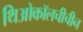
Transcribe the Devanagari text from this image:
थिओकॉलचीचीन